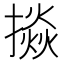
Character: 𢴵